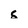
Character: c